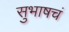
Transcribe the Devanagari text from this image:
सुभाषचं